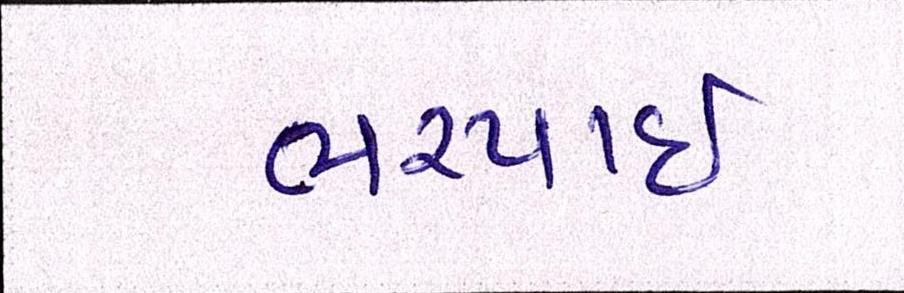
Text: ભરપાઈ